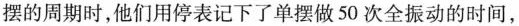
摆的周期时，他们用停表记下了单摆做50次全振动的时间，